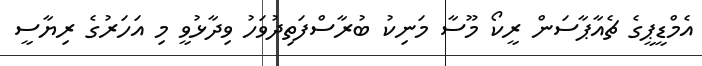
އެމްޑީޕީގެ ޗެއާޕާސަން ރީކޯ މޫސާ މަނިކު ބުރާސްފަތިދުވަހު ވިދާޅުވީ މި އަހަރުގެ ރިޔާސީ